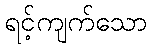
ရင့်ကျက်သော